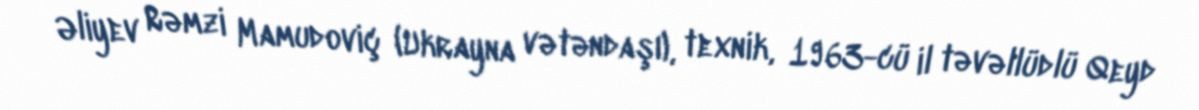
Əliyev Rəmzi Mamudoviç (Ukrayna vətəndaşı), texnik, 1963-cü il təvəllüdlü Qeyd